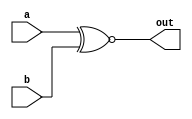
module top_module( 
    input a, 
    input b, 
    output out );
    
  assign out=a~^b;  // xnor g(out,a,b);

endmodule